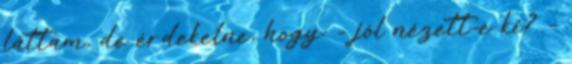
láttam, de érdekelne, hogy: - jól nézett-e ki? -